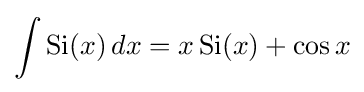
\int \operatorname {Si} (x)\,dx=x\operatorname {Si} (x)+\cos x